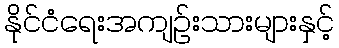
နိုင်ငံရေးအကျဉ်းသားများနှင့်